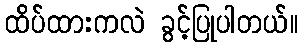
ထိပ်ထားကလဲ ခွင့်ပြုပါတယ်။